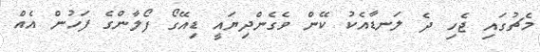
މެޗުގައި ޖެހި ދެ ލަނޑާއެކު ކޭން ވެގެންދިޔައީ ޑިއޭގޯ ފޯލާންގެ ފަހުން އެއް